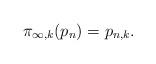
LaTeX: \begin{align*} \pi_{\infty,k}(p_n)=p_{n,k}. \end{align*}